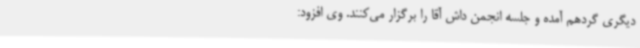
دیگری گردهم آمده و جلسه انجمن داش آقا را برگزار می‌کنند. وی افزود: